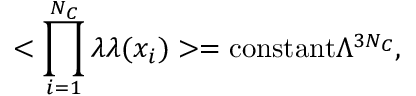
< \prod _ { i = 1 } ^ { N _ { C } } \lambda \lambda ( x _ { i } ) > = \mathrm { c o n s t a n t } \Lambda ^ { 3 N _ { C } } ,